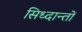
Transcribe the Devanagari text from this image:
सिध्दान्तों